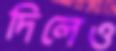
দিলেও